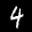
Label: 4